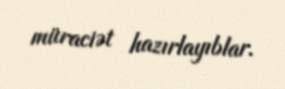
müraciət hazırlayıblar.